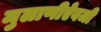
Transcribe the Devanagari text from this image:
मुलाणीऐवजी